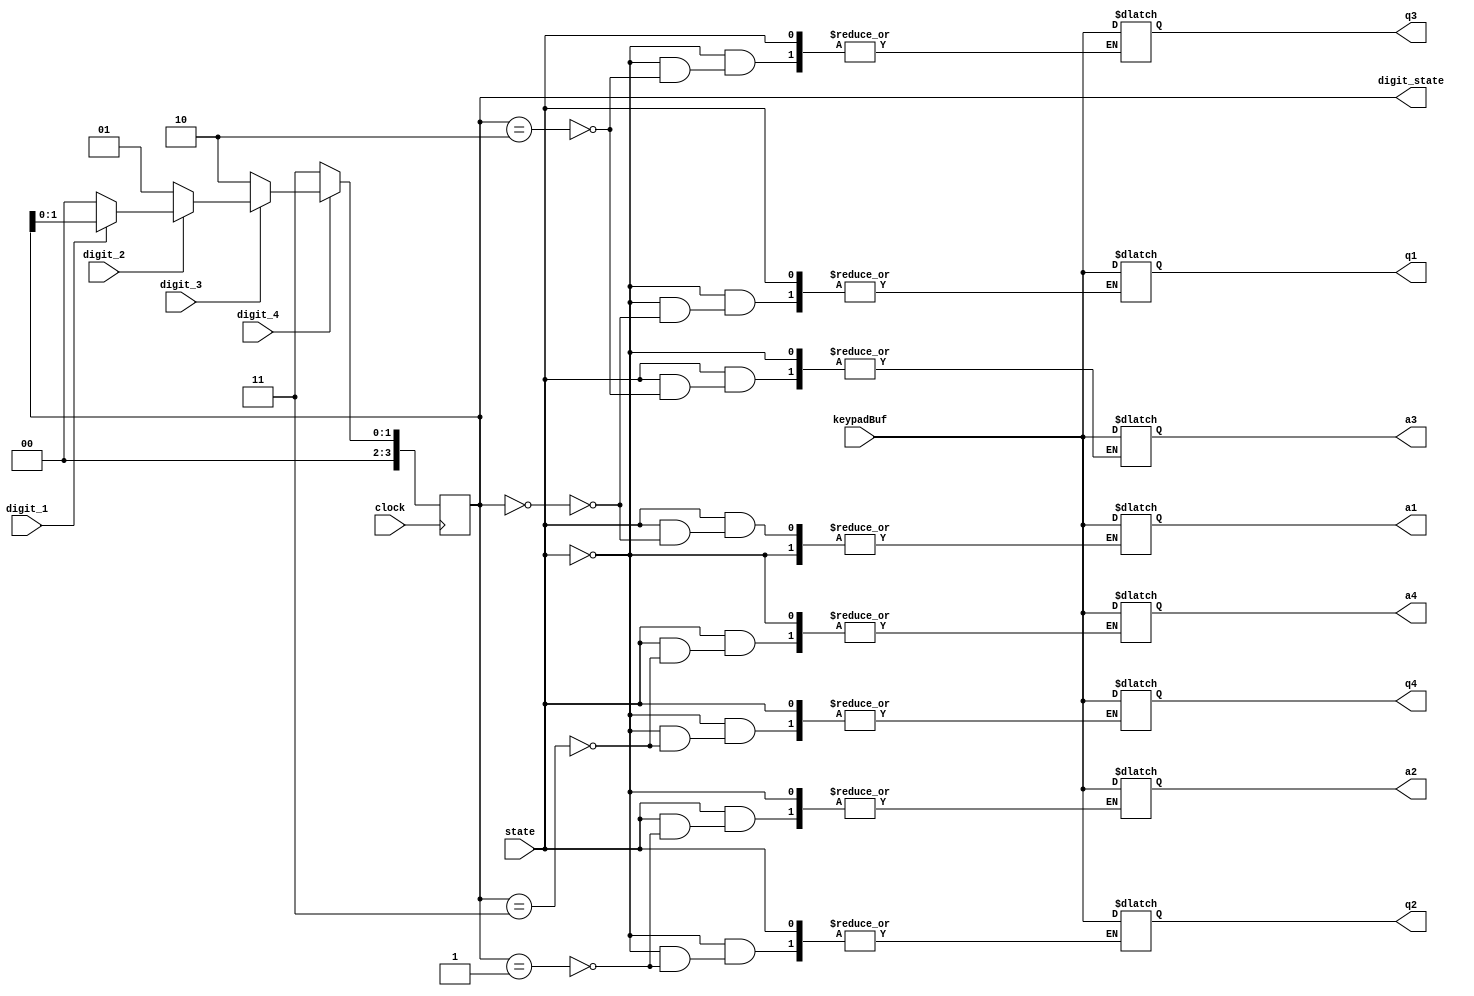
module Controller(state,keypadBuf,q1,q2,q3,q4,a1,a2,a3,a4,digit_4,digit_3,digit_2,digit_1,clock,digit_state);

input state;
input [3:0] keypadBuf;
output [3:0] q1,q2,q3,q4,a1,a2,a3,a4;

reg [3:0] q1,q2,q3,q4,a1,a2,a3,a4;
reg [3:0] error;

//------------------
input digit_4,digit_3,digit_2,digit_1;
output reg [3:0]digit_state;
reg [1:0]next_state;
parameter d_4 = 3,d_3 = 2,d_2 = 1,d_1 = 0;
input clock;


always@(posedge clock)
begin

digit_state = next_state;

end


always@(digit_4 or digit_3 or digit_2 or digit_1)
begin
	
	if(!digit_4)
		next_state <= d_4;
	else if(!digit_3)
		next_state <= d_3;
	else if(!digit_2)
		next_state <= d_2;
	else if(!digit_1)
		next_state <= d_1;
	else
		next_state <= digit_state;

end

always@(keypadBuf)
begin
   if(!state) //question
	   begin
		   case(digit_state)
			   d_1:q1=keypadBuf;
				d_2:q2=keypadBuf;
				d_3:q3=keypadBuf;
				d_4:q4=keypadBuf;
			endcase
		end
	else //answer
	   begin
		   case(digit_state)
			   d_1:a1=keypadBuf;
				d_2:a2=keypadBuf;
				d_3:a3=keypadBuf;
				d_4:a4=keypadBuf;
			endcase
		end
end






endmodule